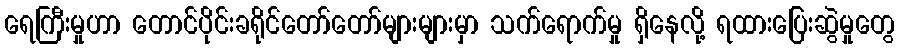
ရေကြီးမှုဟာ တောင်ပိုင်းခရိုင်တော်တော်များများမှာ သက်ရောက်မှု ရှိနေလို့ ရထားပြေးဆွဲမှုတွေ